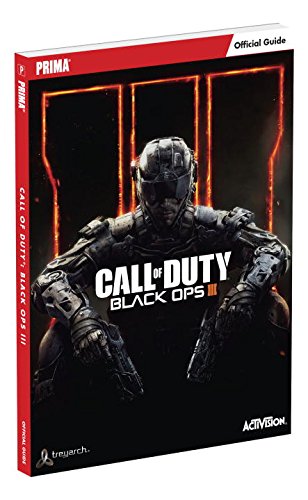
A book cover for Call of Duty: Black Ops III Standard Edition Guide; Prima Games; Humor & Entertainment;